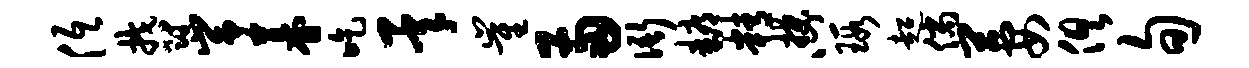
低郁峥暮吃承崔两衙耨精揲心瑕超倘萋俱旬